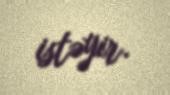
istəyir.